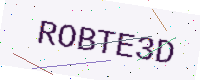
Text: ROBTE3D